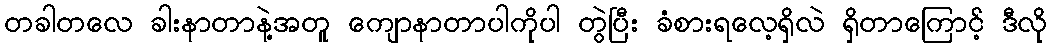
တခါတလေ ခါးနာတာနဲ့အတူ ကျောနာတာပါကိုပါ တွဲပြီး ခံစားရလေ့ရှိလဲ ရှိတာကြောင့် ဒီလို